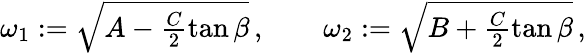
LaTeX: \begin{array}{r}{\omega_{1}:=\sqrt{A-\frac{C}{2}\tan\beta}\, ,\qquad\omega_{2}:=\sqrt{B+\frac{C}{2}\tan\beta}\, ,}\end{array}